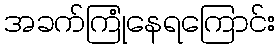
အခက်ကြုံနေရကြောင်း